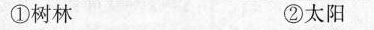
①树林 ②太阳